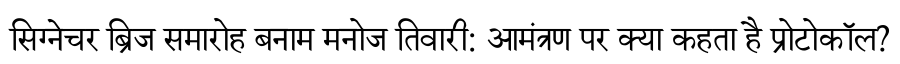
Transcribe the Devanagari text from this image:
सिग्नेचर ब्रिज समारोह बनाम मनोज तिवारी: आमंत्रण पर क्या कहता है प्रोटोकॉल?